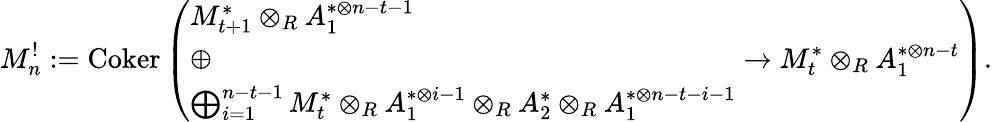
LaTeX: M_{n}^{!}:=\operatorname{Coker}\left(\begin{array}{l}{M_{t+1}^{*}\otimes_{R}A_{1}^{*\otimes n-t-1}}\\ {\oplus}\\ {\bigoplus_{i=1}^{n-t-1}M_{t}^{*}\otimes_{R}A_{1}^{*\otimes i-1}\otimes_{R}A_{2}^{*}\otimes_{R}A_{1}^{*\otimes n-t-i-1}}\end{array}\to M_{t}^{*}\otimes_{R}A_{1}^{*\otimes n-t}\right).